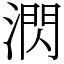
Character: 㴸